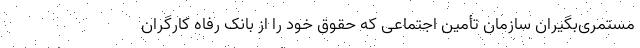
مستمری‌بگیران سازمان تأمین اجتماعی که حقوق خود را از بانک رفاه کارگران